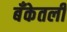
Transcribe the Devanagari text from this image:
बँकेतली